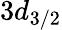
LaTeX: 3d_{3/2}